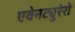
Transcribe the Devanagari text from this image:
एवेनट्युरेरो